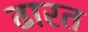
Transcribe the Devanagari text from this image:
ढारत